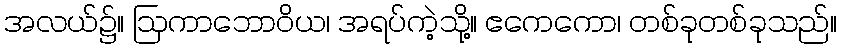
အလယ်၌။ ဩကာဘောဝိယ၊ အရပ်ကဲ့သို့။ ဧကေကော၊ တစ်ခုတစ်ခုသည်။